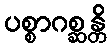
ပစ္စာဂစ္ဆန္တိ